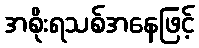
အစိုးရသစ်အနေဖြင့်